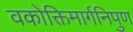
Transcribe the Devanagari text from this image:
वकोक्तिमार्गनिपुण